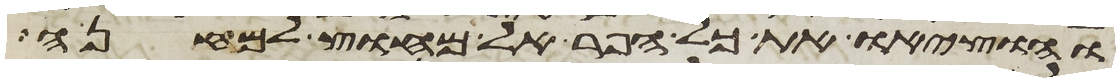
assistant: והוציאו את כל הפר אל מחוץ למחנה